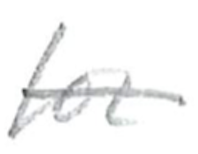
Text: for
Cross-out: single-line
Writing tool: pencil